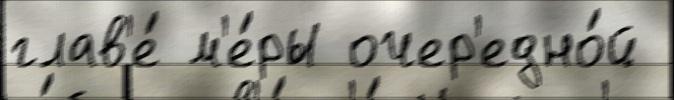
глав'е́ м'е́ры очер'едно́й